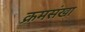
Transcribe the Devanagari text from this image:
क्रमसंखा